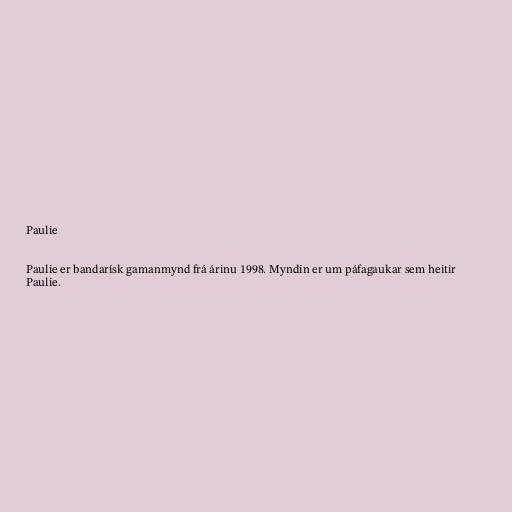
Paulie

Paulie er bandarísk gamanmynd frá árinu 1998. Myndin er um páfagaukar sem heitir
Paulie.